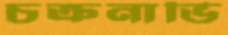
চক্রনাভি